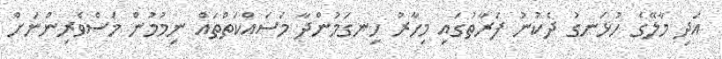
އަދި މާލޭގެ ހުޅަނގު ދެކުނު ފަރާތުގައި މިހާރު ހިނގަމުންދާ މަސައްކަތްތައް ނިމުމުން މަސްވެރިންނަށް